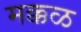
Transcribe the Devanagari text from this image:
मक्कळ